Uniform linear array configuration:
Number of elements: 64
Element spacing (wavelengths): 0.75
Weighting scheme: uniform
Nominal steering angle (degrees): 60
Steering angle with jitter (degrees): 59.349
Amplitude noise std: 0.05
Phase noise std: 0.05

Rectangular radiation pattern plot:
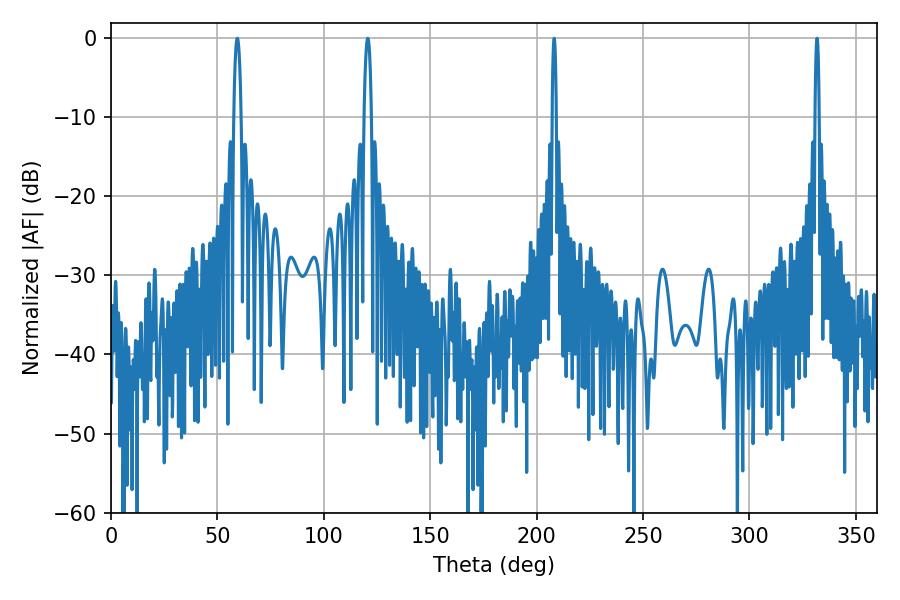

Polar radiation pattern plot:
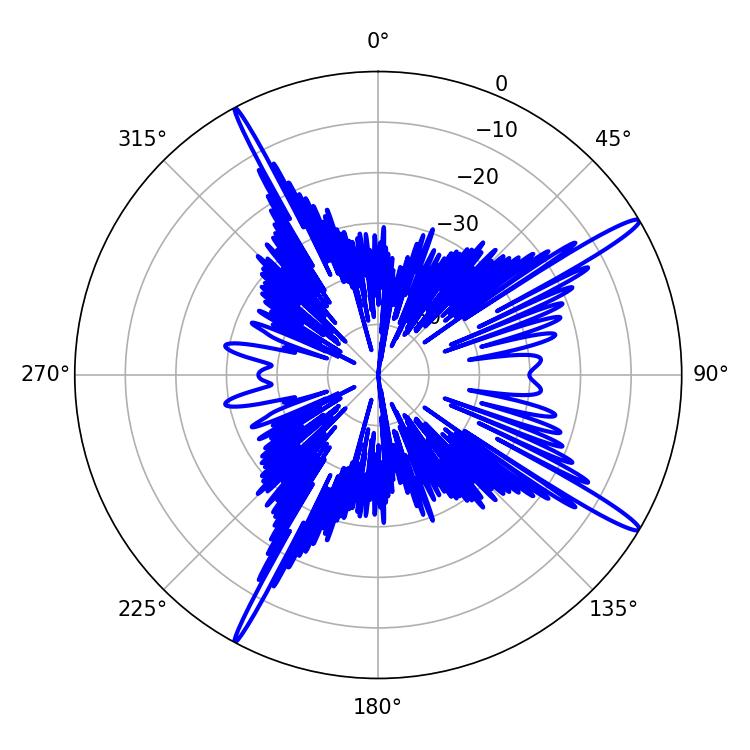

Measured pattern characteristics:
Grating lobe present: TRUE
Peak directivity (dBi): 16.205
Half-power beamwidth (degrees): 1.08
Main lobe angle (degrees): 331.74